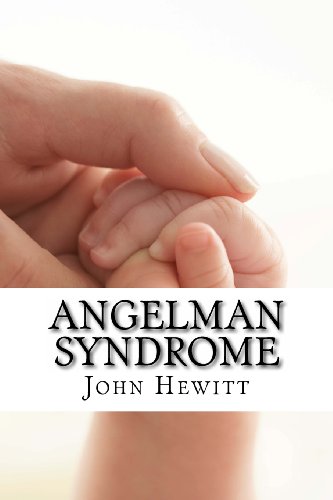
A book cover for Angelman Syndrome: Causes, Tests, and Treatments; John Hewitt M.A.; Health, Fitness & Dieting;